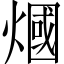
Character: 𤎍